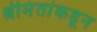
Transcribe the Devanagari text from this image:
श्रीमंतांकडून